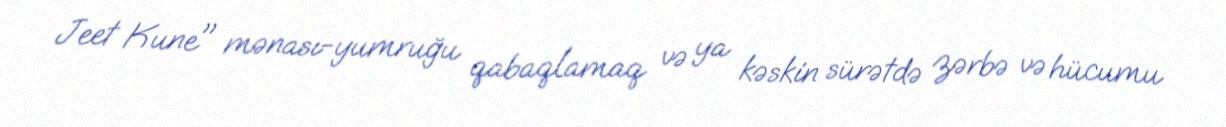
Jeet Kune" mənası-yumruğu qabaqlamaq və ya kəskin sürətdə zərbə və hücumu